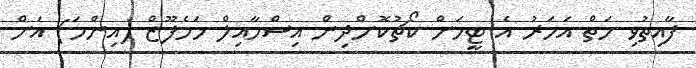
ފާއިތުވި ހަތް އަހަރު އެ ޓީމަށް ކޯޗުކޮށްދިން އިސްމާއިލް މަހެފޫޒް (އިންމަ) އަށް